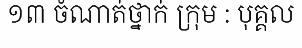
១៣ ចំណាត់ថ្នាក់ ក្រុម : បុគ្គល